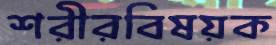
শরীরবিষয়ক